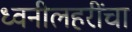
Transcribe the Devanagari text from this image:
ध्वनीलहरींचा